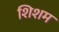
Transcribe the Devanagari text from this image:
शिशम